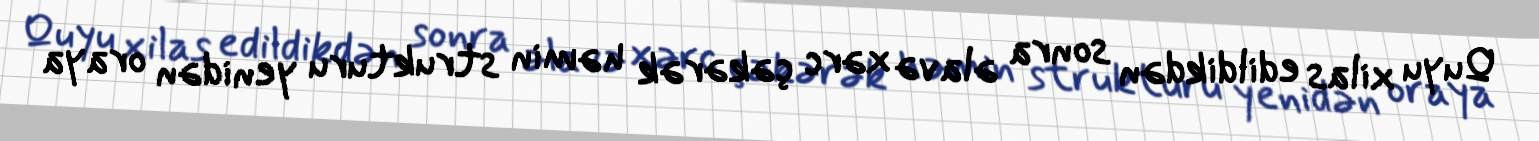
Quyu xilas edildikdən sonra əlavə xərc çəkərək həmin strukturu yenidən oraya